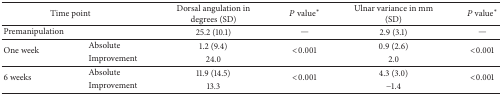
| <COLSPAN=2> Time point | Dorsal angulation in degrees (SD) | P value∗ | Ulnar variance in mm (SD) | P value∗ |
 | --- | --- | --- | --- | --- | --- |
 | Premanipulation |  | 25.2 (10.1) | — | 2.9 (3.1) | — |
 | <ROWSPAN=2> One week | Absolute | 1.2 (9.4) | <ROWSPAN=2> <0.001 | 0.9 (2.6) | <ROWSPAN=2> <0.001 |
 | Improvement | 24.0 | 2.0 |
 | <ROWSPAN=2> 6 weeks | Absolute | 11.9 (14.5) | <ROWSPAN=2> <0.001 | 4.3 (3.0) | <ROWSPAN=2> <0.001 |
 | Improvement | 13.3 | −1.4 |